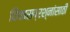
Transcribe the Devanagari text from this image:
विकासप्रश्नांसाठी